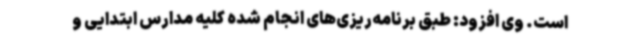
است. وی افزود: طبق برنامه‌ریزی‌های انجام شده کلیه مدارس ابتدایی و